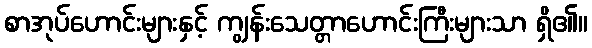
စာအုပ်ဟောင်းများနှင့် ကျွန်းသေတ္တာဟောင်းကြီးများသာ ရှိ၏။